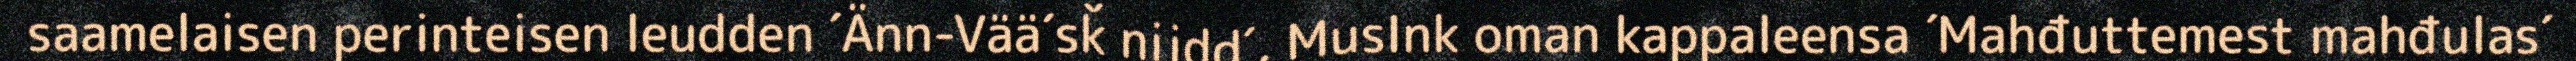
saamelaisen perinteisen leudden ´Änn-Vää´sǩ nijdd´, MusInk oman kappaleensa ´Mahđuttemest mahđulas´